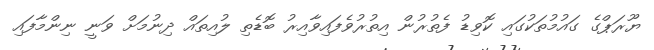
ޔޫރަޕްގެ ގައުމުތަކުގައި ކޮވިޑު ފެތުރުން އިތުރުވެފައިވާއިރު ބޮޑެތި ލުއިތައް ދިނުމަށް ވަނީ ނިންމާފައި